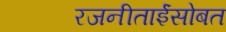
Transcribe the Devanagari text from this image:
रजनीताईंसोबत